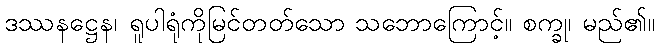
ဒဿနဋ္ဌေန၊ ရူပါရုံကိုမြင်တတ်သော သဘောကြောင့်။ စက္ခု၊ မည်၏။